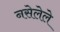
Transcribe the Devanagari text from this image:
नसेलेले